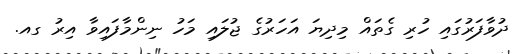
ދުވާފަރުގައި ހުރި ގެތައް މިދިޔަ އަހަރުގެ ޖުލައި މަހު ނިންމާފައިވާ އިރު ގއ.